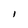
Character: l